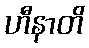
ဟီနာတိ